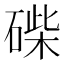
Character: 𥓽